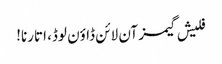
فلیش گیمز آن لائن ڈاؤن لوڈ، اتارنا!